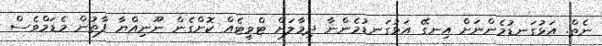
ނެތް. އަޅުގަނޑުމެންނަށް އިނގޭ އަޅުގަނޑުމެންނާ ދިމާލަށް ޓްވީޓެއް ކޮށްގެން ނޫނިއްޔާ ފާތުން މެޑަމްވެސް